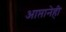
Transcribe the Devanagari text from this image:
आप्तानेही